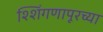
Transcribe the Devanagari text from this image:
श्शिंगणापूरच्या